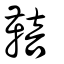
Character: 鞛